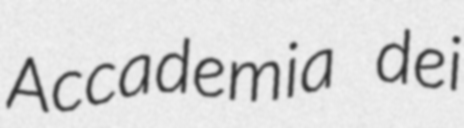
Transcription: Accademia dei